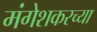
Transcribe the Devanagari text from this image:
मंगेशकरच्या